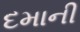
દમાની